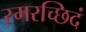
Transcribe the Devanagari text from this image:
स्मरच्छिदं